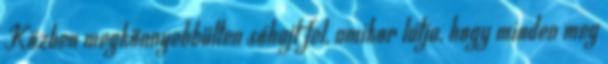
Közben megkönnyebbülten sóhajt fel, amikor látja, hogy minden meg